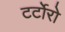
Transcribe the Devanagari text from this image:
टर्टोरो